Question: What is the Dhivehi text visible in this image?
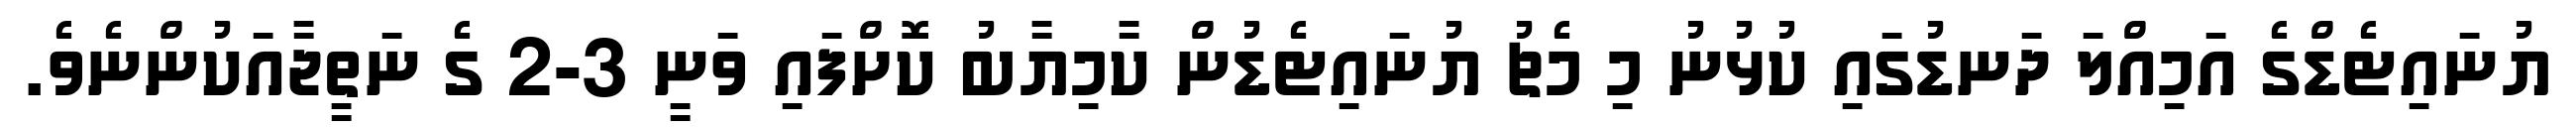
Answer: ޔުނައިޓެޑްގެ އަމިއްލަ ދަނޑުގައި ކުޅުނު މި މެޗު ޔުނައިޓެޑުން ކާމިޔާބު ކޮށްފައި ވަނީ 3-2 ގެ ނަތީޖާއަކުންނެވެ.